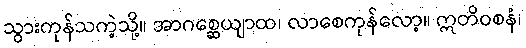
သွားကုန်သကဲ့သို့။ အာဂစ္ဆေယျာထ၊ လာစေကုန်လော့။ ဣတိဝစနံ၊